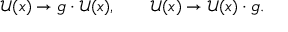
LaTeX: \mathcal { U } ( x ) \rightarrow g \cdot \mathcal { U } ( x ) , \qquad \mathcal { U } ( x ) \rightarrow \mathcal { U } ( x ) \cdot g .